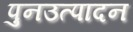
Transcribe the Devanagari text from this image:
पुनउत्पादन